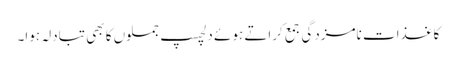
کاغذات نامزدگی جمع کراتے ہوئے دلچسپ جملوں کا بھی تبادلہ ہوا۔